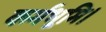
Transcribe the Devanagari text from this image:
कर्मभूमि।